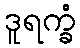
ဒူရက္ခံ